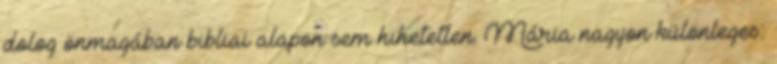
dolog önmagában bibliai alapon sem hihetetlen. Mária nagyon különleges: